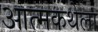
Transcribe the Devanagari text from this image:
आत्मकथेला